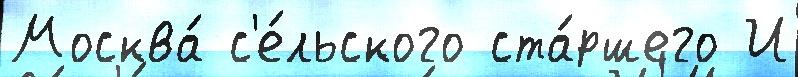
Москва́ с'е́льского ста́ршего И